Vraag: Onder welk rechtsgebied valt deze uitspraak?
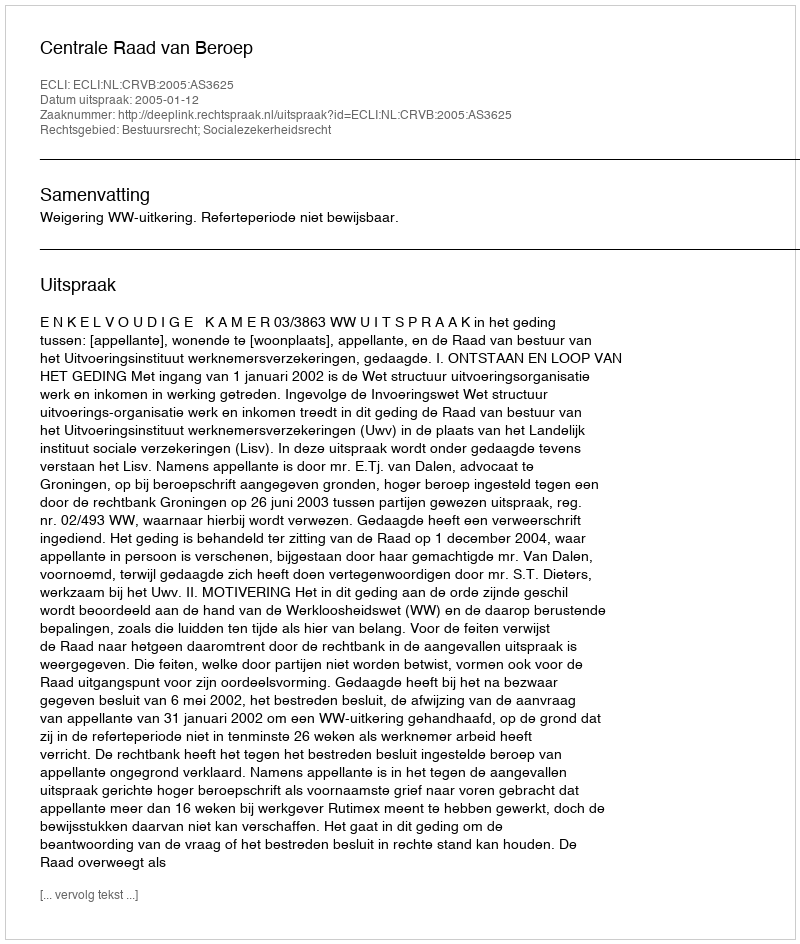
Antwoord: Bestuursrecht; Socialezekerheidsrecht